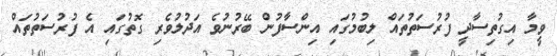
ވީމާ އިގުތިސާދީ ފުރުސަތުތައް ލިބުމުގައި އިންސާފުން ބޭރުނުވެ އަދުލުވެރި ގޮތުގައި އެ ފުރުސަތުތައް